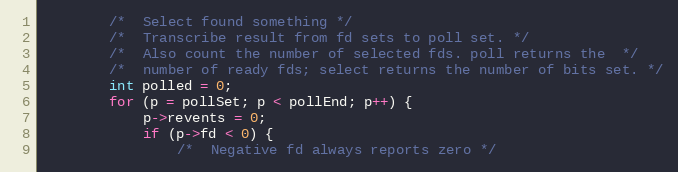
Language: C
        /*  Select found something */
        /*  Transcribe result from fd sets to poll set. */
        /*  Also count the number of selected fds. poll returns the  */
        /*  number of ready fds; select returns the number of bits set. */
        int polled = 0;
        for (p = pollSet; p < pollEnd; p++) {
            p->revents = 0;
            if (p->fd < 0) {
                /*  Negative fd always reports zero */